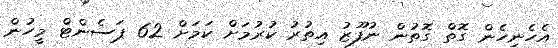
އެހެނިހެން ގޮތް ގޮތުން ނުފޫޒު އިތުރު ކުރުމަށް ކަމަށް 62 ޕަސެންޓް މީހުން